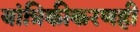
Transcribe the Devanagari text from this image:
यांत्रिकीकरणही